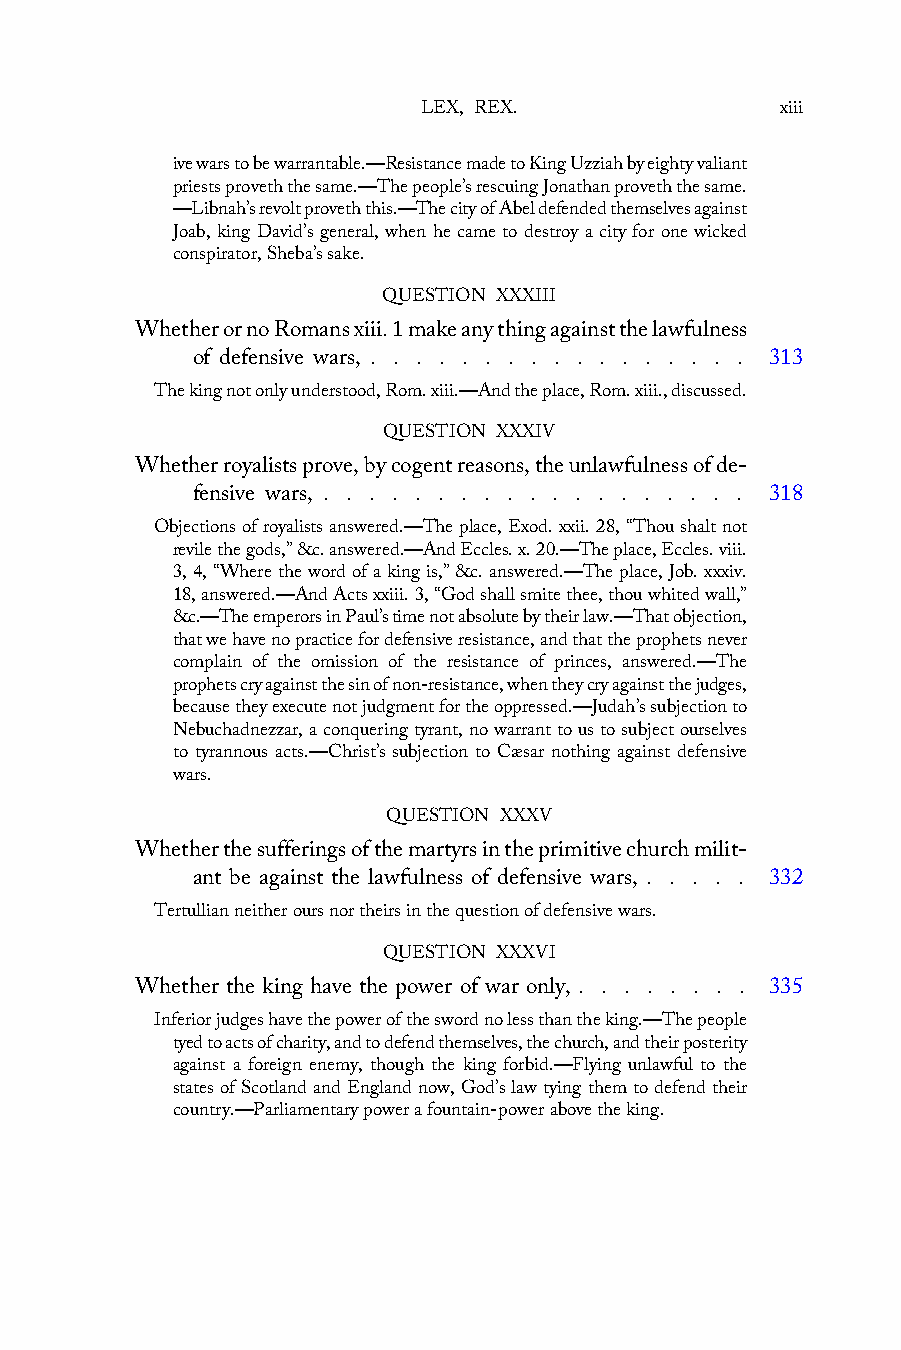
LEX, REX.               xiii
 ive wars to be warrantable.—Resistance made to King Uzziah by eighty valiant
 priests proveth the same.—The people’s rescuing Jonathan proveth the same.
 —Libnah’s revolt proveth this.—The city of Abel defended themselves against
 Joab, king David’s general, when he came to destroy a city for one wicked
 conspirator, Sheba’s sake.
 QUESTION XXXIII
 Whether or no Romans xiii. 1 make any thing against the lawfulness
 of defensive wars, . . . . . . . . . . . . . . . . . 313
 The king not only understood, Rom. xiii.—And the place, Rom. xiii., discussed.
 QUESTION XXXIV
 Whether royalists prove, by cogent reasons, the unlawfulness of de-
 fensive wars, . . . . . . . . . . . . . . . . . . . 318
 Objections of royalists answered.—The place, Exod. xxii. 28, “Thou shalt not
 revile the gods,” &c. answered.—And Eccles. x. 20.—The place, Eccles. viii.
 3, 4, “Where the word of a king is,” &c. answered.—The place, Job. xxxiv.
 18, answered.—And Acts xxiii. 3, “God shall smite thee, thou whited wall,”
 &c.—The emperors in Paul’s time not absolute by their law.—That objection,
 that we have no practice for defensive resistance, and that the prophets never
 complain of the omission of the resistance of princes, answered.—The
 prophets cry against the sin of non-resistance, when they cry against the judges,
 because they execute not judgment for the oppressed.—Judah’s subjection to
 Nebuchadnezzar, a conquering tyrant, no warrant to us to subject ourselves
 to tyrannous acts.—Christ’s subjection to Cæsar nothing against defensive
 wars.
 QUESTION XXXV
 Whether the sufferings of the martyrs in the primitive church milit-
 ant be against the lawfulness of defensive wars, . . . . . 332
 Tertullian neither ours nor theirs in the question of defensive wars.
 QUESTION XXXVI
 Whether the king have the power of war only, . . . . . . . . 335
 Inferior judges have the power of the sword no less than the king.—The people
 tyed to acts of charity, and to defend themselves, the church, and their posterity
 against a foreign enemy, though the king forbid.—Flying unlawful to the
 states of Scotland and England now, God’s law tying them to defend their
 country.—Parliamentary power a fountain-power above the king.